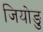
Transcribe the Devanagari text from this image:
जियोङु